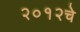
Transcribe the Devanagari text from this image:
२०१२चे